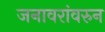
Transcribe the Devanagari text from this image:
जनावरांवरुन